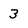
Character: 3